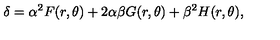
\delta = \alpha ^ { 2 } F ( r , \theta ) + 2 \alpha \beta G ( r , \theta ) + \beta ^ { 2 } H ( r , \theta ) ,